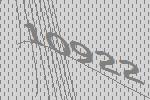
10922